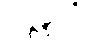
ပလ္လလံ